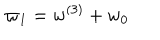
LaTeX: \varpi _ { 1 } = w ^ { ( 3 ) } + w _ { 0 }